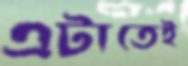
এটাতেই